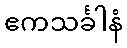
ဧကသင်္ခါနံ